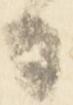
日